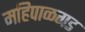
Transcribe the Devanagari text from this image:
महिपाळगड